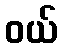
ဝယ်